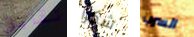
نقابل شكرا السرب